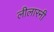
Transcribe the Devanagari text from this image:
लीलारनी